Civil Veterinary Dept. Bombay admin report 1907-1913 - 1907-1913
Year: 1907
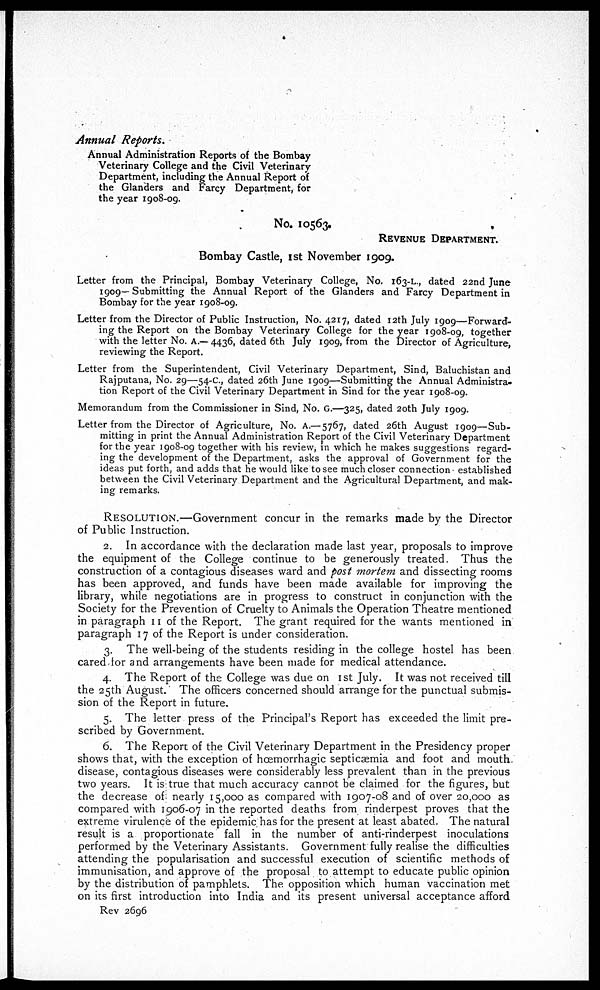
Annual Reports.
Annual Administration Reports of the Bombay
Veterinary College and the Civil Veterinary
Department, including the Annual Report of
the Glanders and Farcy Department, for
the year 1908-09.
No. 10563.
REVENUE DEPARTMENT.
Bombay Castle, 1st November 1909.
Letter from the Principal, Bombay Veterinary College, No. 163-L., dated 22nd June
1909—Submitting the Annual Report of the Glanders and Farcy Department in
Bombay for the year 1908-09.
Letter from the Director of Public Instruction, No. 4217, dated 12th July 1909—Forward-
ing the Report on the Bombay Veterinary College for the year 1908-09, together
with the letter No. A.—4436, dated 6th July 1909, from the Director of Agriculture,
reviewing the Report.
Letter from the Superintendent, Civil Veterinary Department, Sind, Baluchistan and
Rajputana, No. 29—54-C., dated 26th June 1909—Submitting the Annual Administra-
tion Report of the Civil Veterinary Department in Sind for the year 1908-09.
Memorandum from the Commissioner in Sind, No. G.—325, dated 20th July 1909.
Letter from the Director of Agriculture, No. A.—5767, dated 26th August 1909—Sub-
mitting in print the Annual Administration Report of the Civil Veterinary Department
for the year 1908-09 together with his review, in which he makes suggestions regard-
ing the development of the Department, asks the approval of Government for the
ideas put forth, and adds that he would like to see much closer connection established
between the Civil Veterinary Department and the Agricultural Department, and mak-
ing remarks.
RESOLUTION.—Government concur in the remarks made by the Director
of Public Instruction.
2. In accordance with the declaration made last year, proposals to improve
the equipment of the College continue to be generously treated. Thus the
construction of a contagious diseases ward and post mortem and dissecting rooms
has been approved, and funds have been made available for improving the
library, while negotiations are in progress to construct in conjunction with the
Society for the Prevention of Cruelty to Animals the Operation Theatre mentioned
in paragraph 11 of the Report. The grant required for the wants mentioned in
paragraph 17 of the Report is under consideration.
3. The well-being of the students residing in the college hostel has been
cared for and arrangements have been made for medical attendance.
4. The Report of the College was due on 1st July. It was not received till
the 25th August. The officers concerned should arrange for the punctual submis-
sion of the Report in future.
5. The letter press of the Principal s Report has exceeded the limit pre-
scribed by Government.
6. The Report of the Civil Veterinary Department in the Presidency proper
shows that, with the exception of hæmorrhagic septicæmia and foot and mouth
disease, contagious diseases were considerably less prevalent than in the previous
two years. It is true that much accuracy cannot be claimed for the figures, but
the decrease of nearly 15,000 as compared with 1907-08 and of over 20,000 as
compared with 1906-07 in the reported deaths from rinderpest proves that the
extreme virulence of the epidemic has for the present at least abated. The natural
result is a proportionate fall in the number of anti-rinderpest inoculations
performed by the Veterinary Assistants. Government fully realise the difficulties
attending the popularisation and successful execution of scientific methods of
immunisation, and approve of the proposal to attempt to educate public opinion
by the distribution of pamphlets. The opposition which human vaccination met
on its first introduction into India and its present universal acceptance afford
Rev 2696